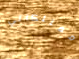
ممتلكاتي